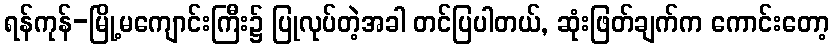
ရန်ကုန်-မြို့မကျောင်းကြီး၌ ပြုလုပ်တဲ့အခါ တင်ပြပါတယ်, ဆုံးဖြတ်ချက်က ကောင်းတော့